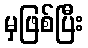
မှဖြစ်ပြီး